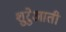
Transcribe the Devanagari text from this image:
शुरेुआती